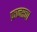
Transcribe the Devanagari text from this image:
फ्रान्‍सचा